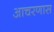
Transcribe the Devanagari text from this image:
आचरणास